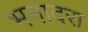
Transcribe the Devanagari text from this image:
भनादरा